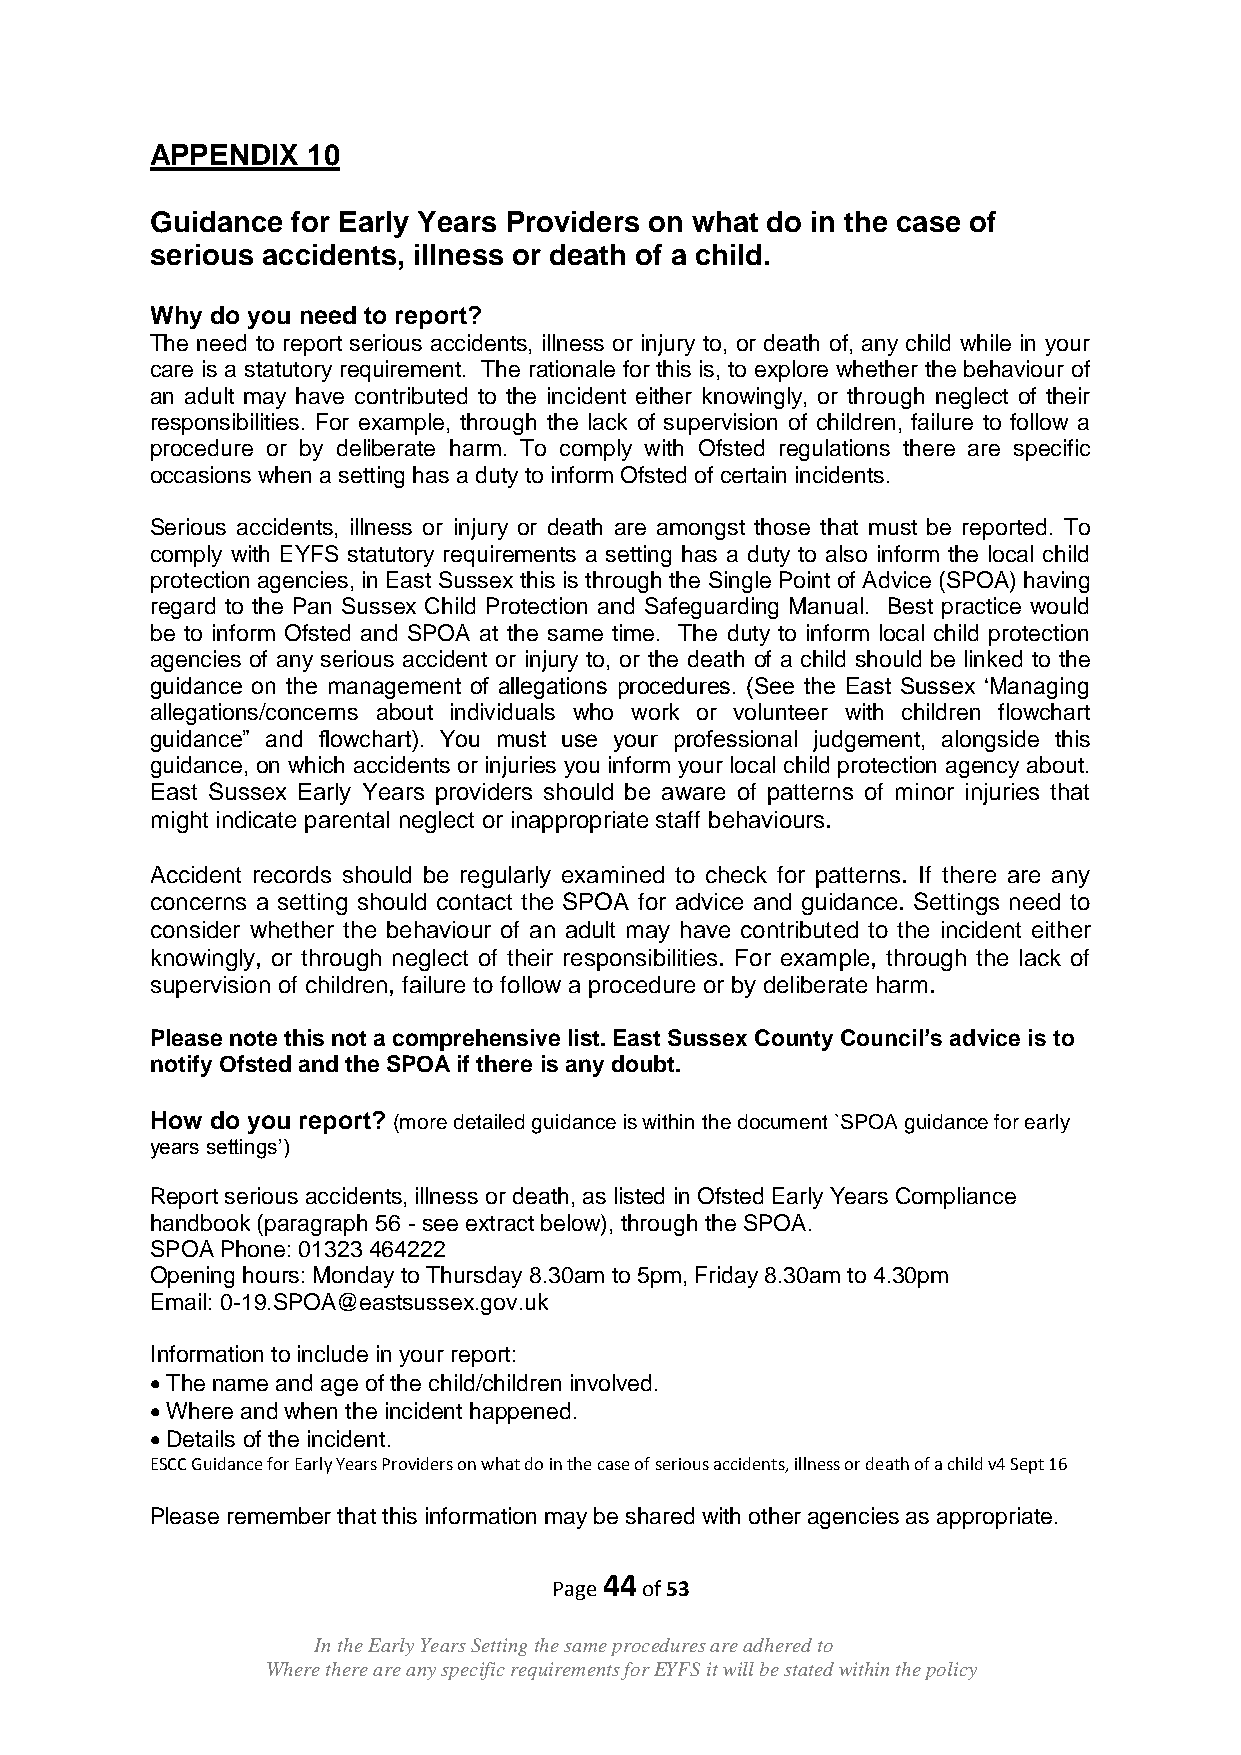
APPENDIX  10
 Guidance for Early Years Providers on what do in the case of
 serious accidents, illness or death of a child.
 Why do you need to report?
 The need to report serious accidents, illness or injury to, or death of, any child while in your
 care is a statutory requirement. The rationale for this is, to explore whether the behaviour of
 an adult may have contributed to the incident either knowingly, or through neglect of their
 responsibilities. For example, through the lack of supervision of children, failure to follow a
 procedure or by deliberate harm. To comply with Ofsted regulations there are specific
 occasions when a setting has a duty to inform Ofsted of certain incidents.
 Serious accidents, illness or injury or death are amongst those that must be reported. To
 comply with EYFS statutory requirements a setting has a duty to also inform the local child
 protection agencies, in East Sussex this is through the Single Point of Advice (SPOA) having
 regard to the Pan Sussex Child Protection and Safeguarding Manual. Best practice would
 be to inform Ofsted and SPOA at the same time. The duty to inform local child protection
 agencies of any serious accident or injury to, or the death of a child should be linked to the
 guidance on the management of allegations procedures. (See the East Sussex „Managing
 allegations/concerns about individuals who work or volunteer with children flowchart
 guidance” and flowchart). You must use your professional judgement, alongside this
 guidance, on which accidents or injuries you inform your local child protection agency about.
 East Sussex Early Years providers should be aware of patterns of minor injuries that
 might indicate parental neglect or inappropriate staff behaviours.
 Accident records should be regularly examined to check for patterns. If there are any
 concerns a setting should contact the SPOA for advice and guidance. Settings need to
 consider whether the behaviour of an adult may have contributed to the incident either
 knowingly, or through neglect of their responsibilities. For example, through the lack of
 supervision of children, failure to follow a procedure or by deliberate harm.
 Please note this not a comprehensive list. East Sussex County Council’s advice is to
 notify Ofsted and the SPOA if there is any doubt.
 How do you report? (more detailed guidance is within the document `SPOA guidance for early
 years settings‟)
 Report serious accidents, illness or death, as listed in Ofsted Early Years Compliance
 handbook (paragraph 56 - see extract below), through the SPOA.
 SPOA Phone: 01323 464222
 Opening hours: Monday to Thursday 8.30am to 5pm, Friday 8.30am to 4.30pm
 Email: 0-19.SPOA@eastsussex.gov.uk
 Information to include in your report:
 The name and age of the child/children involved.
 Where and when the incident happened.
 Details of the incident.
 ESCC Guidance for Early Years Providers on what do in the case of serious accidents, illness or death of a child v4 Sept 16
 Please remember that this information may be shared with other agencies as appropriate.
 44
 Page of 53
 In the Early Years Setting the same procedures are adhered to
 Where there are any specific requirements for EYFS it will be stated within the policy